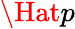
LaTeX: \Hat{p}